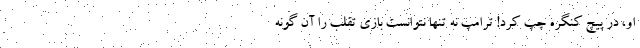
او، در پیچ کنگره چپ کرد! ترامپ نه تنها نتوانست بازی تقلب را آن گونه